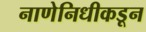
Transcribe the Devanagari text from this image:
नाणेनिधीकडून